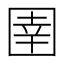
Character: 圉